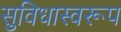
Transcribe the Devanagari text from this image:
सुविधास्वरूप